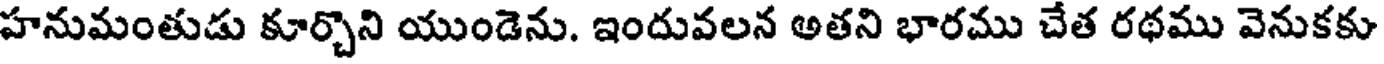
హనుమంతుడు కూర్చొని యుండెను. ఇందువలన అతని భారము చేత రథము వెనుకకు